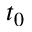
t _ { 0 }